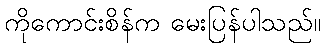
ကိုကောင်းစိန်က မေးပြန်ပါသည်။